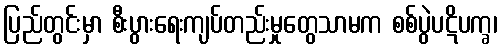
ပြည်တွင်းမှာ စီးပွားရေးကျပ်တည်းမှုတွေသာမက စစ်ပွဲပဋိပက္ခ၊